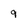
Character: 9